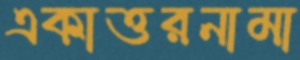
একাত্তরনামা